Annual administration report of the Civil Veterinary Department of India - 1898-1899
Year: 1898
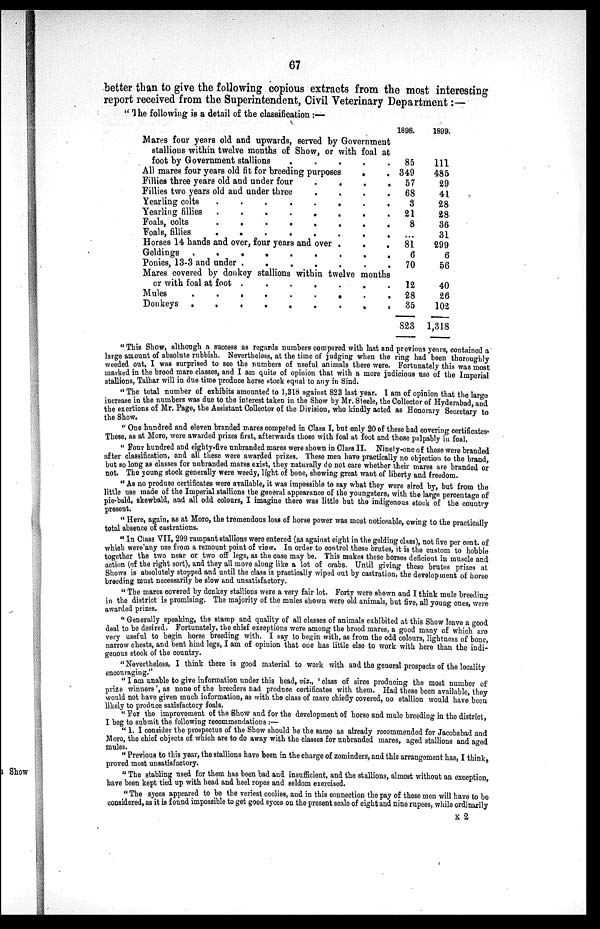
67
better than to give the following copious extracts from the most interesting
report received from the Superintendent, Civil Veterinary Department:—
"The following is a detail of the classification:—
Mares four years old and upwards, served by Government
stallions within twelve months of Show, or with foal at
foot by Government stallions
.
.
.
.
.
All mares four years old fit for breeding purposes
.
Fillies three years old and under four
.
.
.
.
Fillies two years old and under three
.
.
.
.
Yearling colts
.
.
.
.
.
.
.
.
Yearling fillies .
.
.
.
.
.
.
.
Foals, colts
.
.
.
.
.
.
.
Foals, fillies .
.
.
.
.
.
.
.
Horses 14 hands and over, four years and over .
.
.
Geldings .
.
.
.
.
.
.
Ponies, 13-3 and under .
.
.
.
.
.
.
Mares covered by donkey stallions within twelve months
or with foal at foot .
.
.
.
.
.
.
Mules
.
.
.
.
.
.
.
.
.
.
Donkeys . . . . . . . . . . .
1898.
85
349
57
68
8
21
8
...
81
6
70
12
28
35
823
1899.
111
485
29
41
28
28
36
31
299
6
56
40
26
102
1,318
"This Show, although a success as regards numbers compared with last and previous years, contained a
large amount of absolute rubbish. Nevertheless, at the time of judging when the ring had been thoroughly
weeded out, I was surprised to see the numbers of useful animals there were. Fortunately this was most
marked in the brood mare classes, and I am quite of opinion that with a more judicious use of the Imperial
stallions, Talhar will in due time produce horse stock equal to any in Sind.
"The total number of exhibits amounted to 1,318 against 823 last year. I am of opinion that the large
increase in the numbers was due to the interest taken in the Show by Mr. Steele, the Collector of Hyderabad, and
the exertions of Mr. Page, the Assistant Collector of the Division, who kindly acted as Honorary Secretary to
the Show.
"One hundred and eleven branded mares competed in Class I, but only 20 of these had covering certificates.
These, as at Moro, were awarded prizes first, afterwards those with foal at foot and those palpably in foal.
"Four hundred and eighty-five unbranded mares were shown in Class II. Ninety-one of these were branded
after classification, and all these were awarded prizes. These men have practically no objection to the brand
but so long as classes for unbranded mares exist, they naturally do not care whether their mares are branded or
not. The young stock generally were weedy, light of bone, showing great want of liberty and freedom.
"As no produce certificates were available, it was impossible to say what they were sired by, but from the
little use made of the Imperial stallions the general appearance of the youngsters, with the large percentage of
pie-bald, skewbald, and all odd colours, I imagine there was little but the indigenous stock of the country
present.
"Here, again, as at Moro, the tremendous loss of horse power was most noticeable, owing to the practically
total absence of castrations.
" In Class VII, 299 rampant stallions were entered (as against eight in the gelding class), not five per cent of
which were any use from a remount point of view. In order to control these brutes, it is the custom to hobble
together the two near or two off legs, as the case may be. This makes these horses deficient in muscle and
action (of the right sort), and they all move along like a lot of crabs. Until giving these brutes prizes at
Shows is absolutely stopped and until the class is practically wiped out by castration, the development of horse
breeding must necessarily be slow and unsatisfactory.
"The mares covered by donkey stallions were a very fair lot. Forty were shown and I think mule breeding
in the district is promising. The majority of the mules shown were old animals, but five, all young ones, were
awarded prizes.
"Generally speaking, the stamp and quality of all classes of animals exhibited at this Show leave a good
deal to be desired. Fortunately, the chief exceptions were among the brood mares, a good many of which are
very useful to begin horse breeding with. I say to begin with, as from the odd colours, lightness of bone,
narrow chests, and bent hind legs, I am of opinion that one has little else to work with here than the indi-
genous stock of the country.
"Nevertheless, I think there is good material to work with and the general prospects of the locality
encouraging."
"I am unable to give information under this head, viz., 'class of sires producing the most number of
prize winners', as none of the breeders had produce certificates with them. Had these been available, they
would not have given much information, as with the class of mare chiefly covered, no stallion would have been
likely to produce satisfactory foals.
"For the improvement of the Show and for the development of horse and mule breeding in the district,
I beg to submit the following recommendations:—
"1. I consider the prospectus of the Show should be the same as already recommended for Jacobabad and
Moro, the chief objects of which are to do away with the classes for unbranded mares, aged stallions and aged
mules.
" Previous to this year, the stallions have been in the charge of zominders, and this arrangement has, I think,
proved most unsatisfactory.
"The stabling used for them has been bad and insufficient, and the stallions, almost without an exception,
have been kept tied up with head and heel ropes and seldom exercised.
"The syces appeared to be the veriest coolies, and in this connection the pay of these men will have to be
considered, as it is found impossible to get good syces on the present scale of eight and nine rupees, while ordinarily
K 2